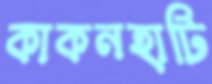
কাকনহাটি